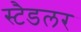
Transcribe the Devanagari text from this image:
स्टैडलर